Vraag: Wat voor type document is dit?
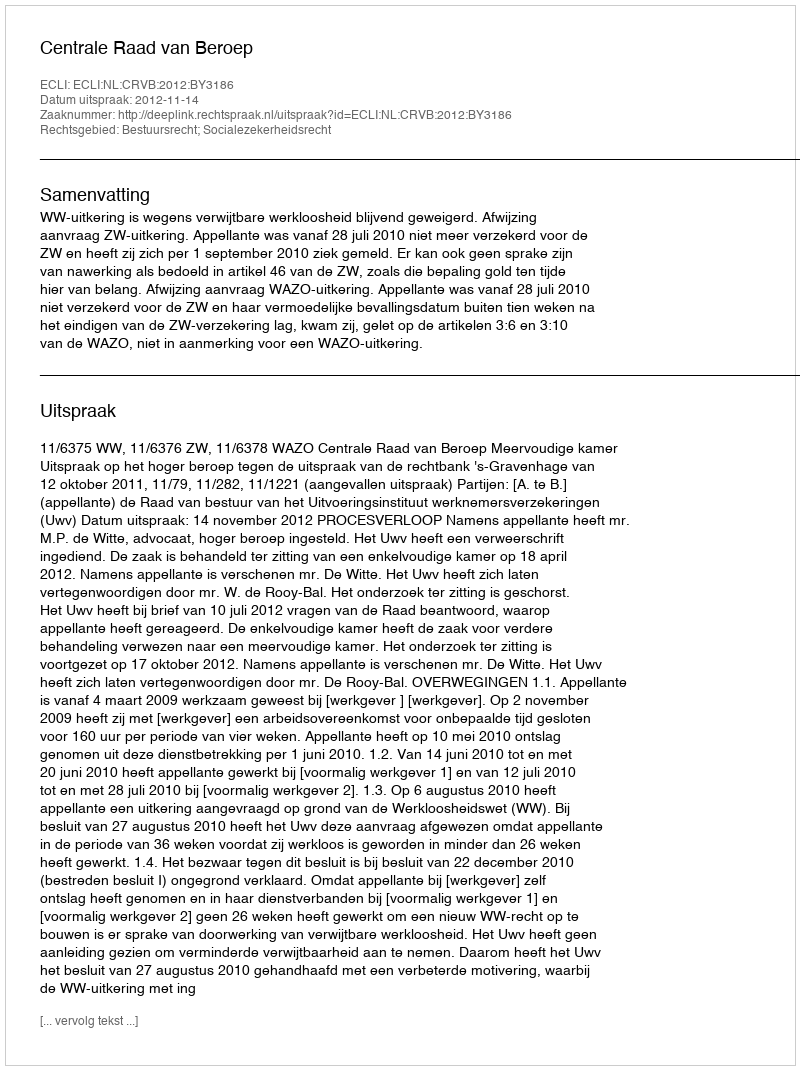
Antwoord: Uitspraak